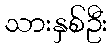
သားနှစ်ဦး